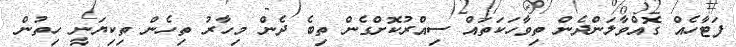
ފަޓާހެއް ގޮއްވާލަންދެން ތިވާހަކަތައް ސިއްރުކޮށްގެން ތިބެ ދެން މިހާރު ތިހެން ތިކިޔަނީ ހިތުން